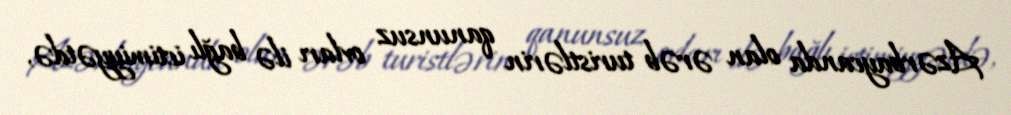
Azərbaycanda olan ərəb turistlərin qanunsuz ovları ilə bağlı ictimiyyətdə,